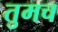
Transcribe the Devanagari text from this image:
तुमच